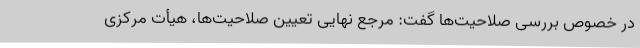
در خصوص بررسی صلاحیت‌ها گفت: مرجع نهایی تعیین صلاحیت‌ها، هیأت مرکزی